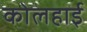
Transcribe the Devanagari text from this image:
कोलहाई